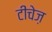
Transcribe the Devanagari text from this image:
टीचेज़